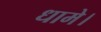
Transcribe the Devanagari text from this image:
धामे।